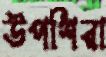
উপশিরা